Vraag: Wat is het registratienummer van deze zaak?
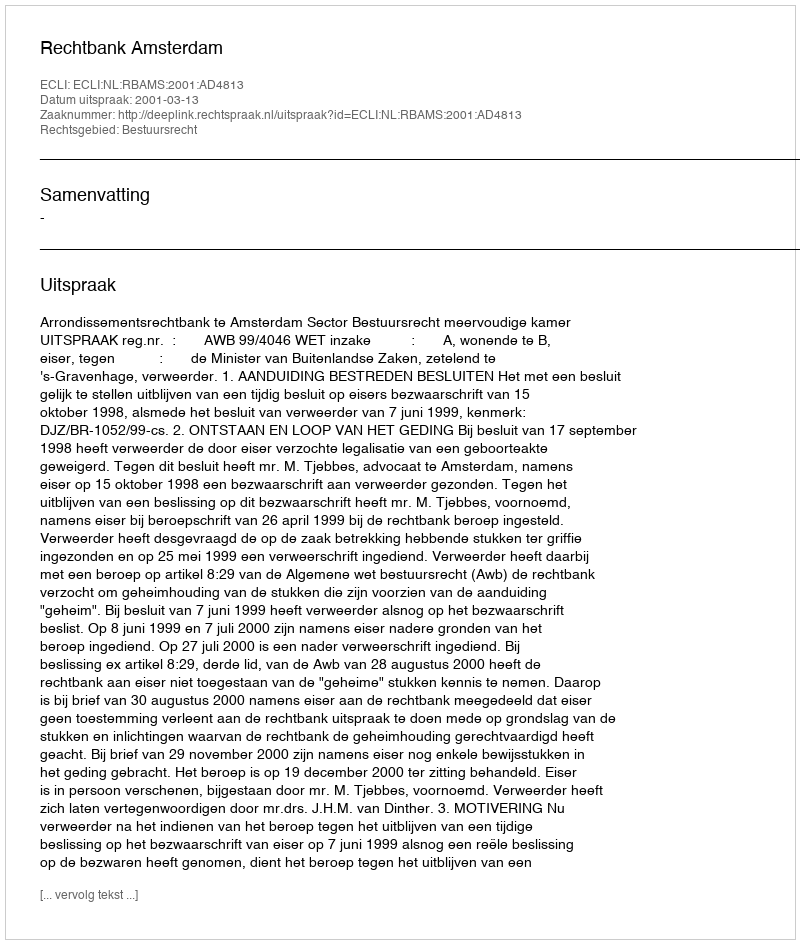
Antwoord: http://deeplink.rechtspraak.nl/uitspraak?id=ECLI:NL:RBAMS:2001:AD4813